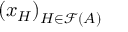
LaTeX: \left( x _ { H } \right) _ { H \in { \mathcal { F } } ( A ) }